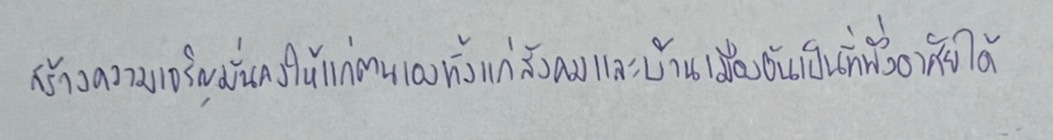
สร้างความเจริญมั่นคงให้แก่ตนเองทั้งแก่สังคมและบ้านเมืองอันเป็นที่พึ่งอาศัยได้